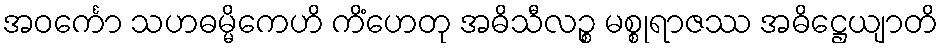
အဝင်္ကော သဟဓမ္မိကေဟိ ကိံဟေတု အဓိသီလဉ္စ မစ္စုရာဇဿ အဓိဋ္ဌေယျာတိ